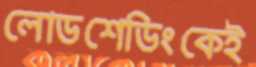
লোডশেডিংকেই